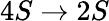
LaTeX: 4S\rightarrow 2S